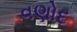
વણોદ